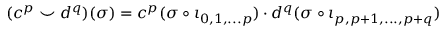
( c ^ { p } \smile d ^ { q } ) ( \sigma ) = c ^ { p } ( \sigma \circ \iota _ { 0 , 1 , . . . p } ) \cdot d ^ { q } ( \sigma \circ \iota _ { p , p + 1 , . . . , p + q } )